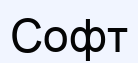
Софт